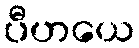
ပီဟယေ